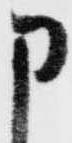
申